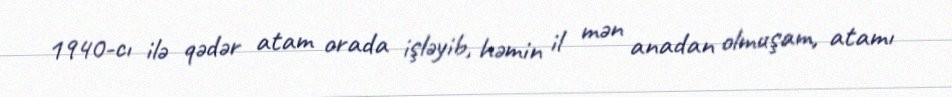
1940-cı ilə qədər atam orada işləyib, həmin il mən anadan olmuşam, atamı